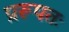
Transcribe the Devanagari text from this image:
प्ररूपतः